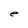
Character: e